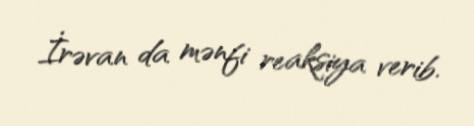
İrəvan da mənfi reaksiya verib.